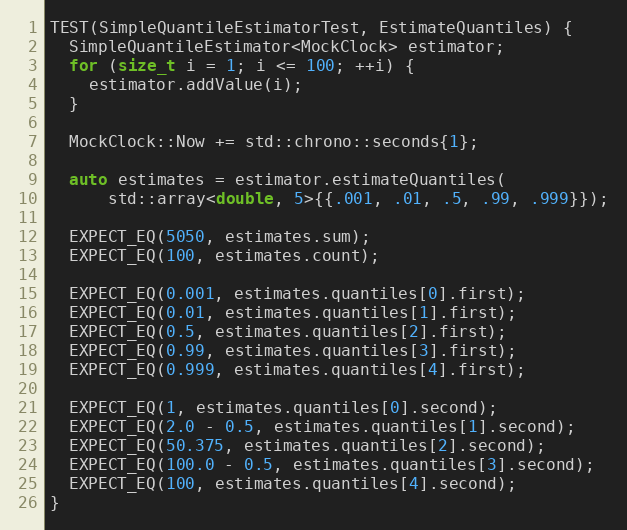
Language: C++
TEST(SimpleQuantileEstimatorTest, EstimateQuantiles) {
  SimpleQuantileEstimator<MockClock> estimator;
  for (size_t i = 1; i <= 100; ++i) {
    estimator.addValue(i);
  }

  MockClock::Now += std::chrono::seconds{1};

  auto estimates = estimator.estimateQuantiles(
      std::array<double, 5>{{.001, .01, .5, .99, .999}});

  EXPECT_EQ(5050, estimates.sum);
  EXPECT_EQ(100, estimates.count);

  EXPECT_EQ(0.001, estimates.quantiles[0].first);
  EXPECT_EQ(0.01, estimates.quantiles[1].first);
  EXPECT_EQ(0.5, estimates.quantiles[2].first);
  EXPECT_EQ(0.99, estimates.quantiles[3].first);
  EXPECT_EQ(0.999, estimates.quantiles[4].first);

  EXPECT_EQ(1, estimates.quantiles[0].second);
  EXPECT_EQ(2.0 - 0.5, estimates.quantiles[1].second);
  EXPECT_EQ(50.375, estimates.quantiles[2].second);
  EXPECT_EQ(100.0 - 0.5, estimates.quantiles[3].second);
  EXPECT_EQ(100, estimates.quantiles[4].second);
}